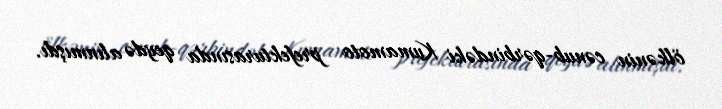
ölkənin cənub-qərbindəki Kumamoto prefekturasında qeydə alınmışdı.